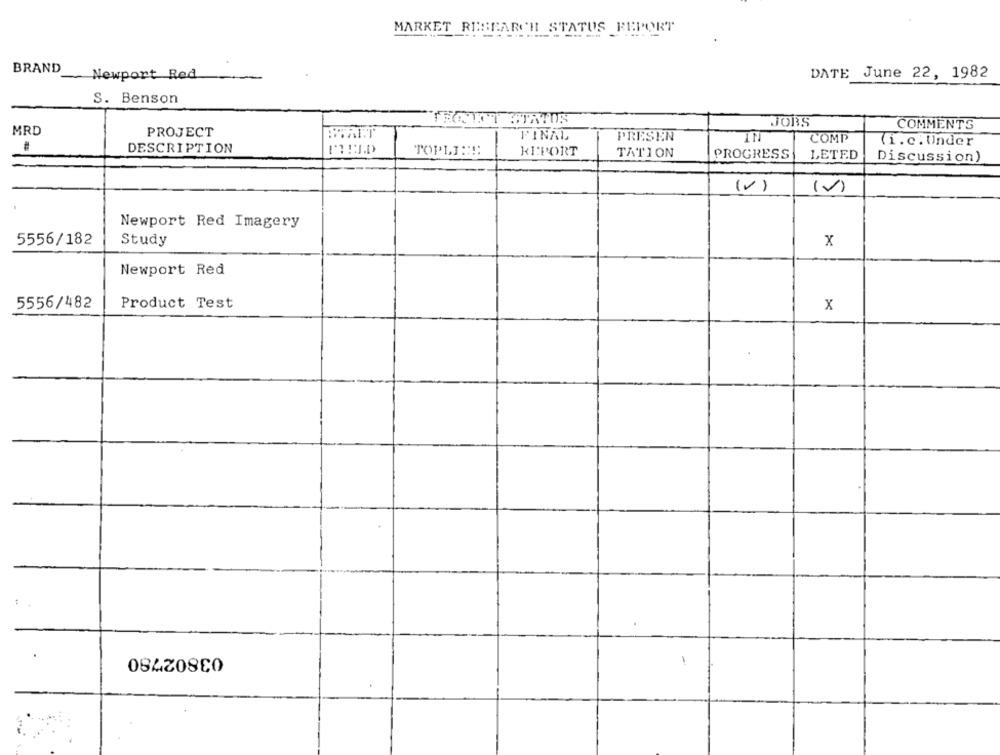
MARKET RESEARCH STATUS REPORT
BRAND
- Newport Red
DATE June 22, 1982
S. Benson
JOBS
COMMENTS
MRD
PROJECT
FINAL
PRESEN
IN
COMP
(i.c. Under
#
DESCRIPTION
REPORT
TOPLINE
TATION
PROGRESS
LETED
Discussion)
(V)
Newport Red Imagery
5556/182
Study
x
Newport Red
5556/482
Product Test
x
03802790